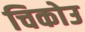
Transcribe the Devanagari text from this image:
चिकोउ